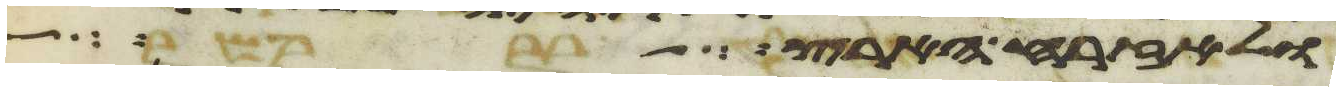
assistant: ולאזרח הארץ